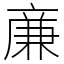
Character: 亷